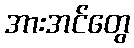
အားအင်တွေ